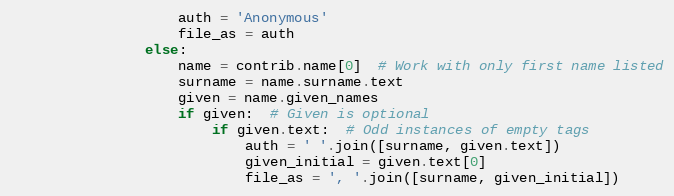
Language: Python
                    auth = 'Anonymous'
                    file_as = auth
                else:
                    name = contrib.name[0]  # Work with only first name listed
                    surname = name.surname.text
                    given = name.given_names
                    if given:  # Given is optional
                        if given.text:  # Odd instances of empty tags
                            auth = ' '.join([surname, given.text])
                            given_initial = given.text[0]
                            file_as = ', '.join([surname, given_initial])